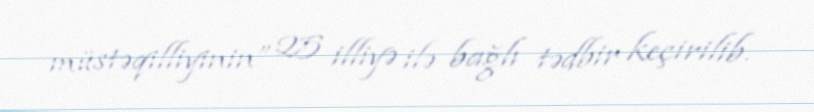
müstəqilliyinin” 25 illiyə ilə bağlı tədbir keçirilib.